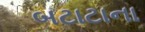
બટાટાના